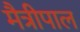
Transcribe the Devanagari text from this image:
मैत्रीपाल